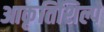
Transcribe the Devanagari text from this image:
आकृतिशिल्पे